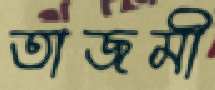
তাজমী